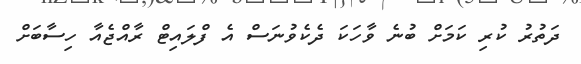
ދަތުރު ކުރި ކަމަށް ބުނެ ވާހަކަ ދެކެވުނަސް އެ ފްލައިޓް ރާއްޖެއާ ހިސާބަށް